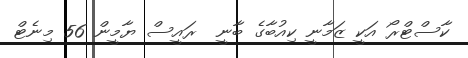
ކާސްޓްރޯ އަކީ ޒަމާނީ ކިއުބާގެ ބާނީ  ރައީސް ޔާމީން 56 މިނެޓް